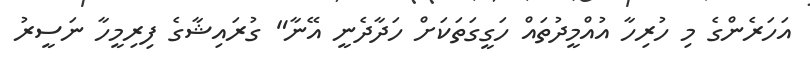
އަހަރެންގެ މި ހުރިހާ އުއްްމީދުތައް ހަގީގަތަކަށް ހަދާދެނީ އޭނާ" ގުރައިޝާގެ ފިރިމީހާ ނަސީރު